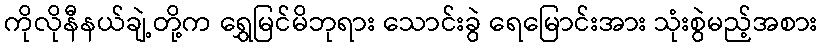
ကိုလိုနီနယ်ချဲ့တို့က ရွှေမြင်မိဘုရား သောင်းခွဲ ရေမြောင်းအား သုံးစွဲမည့်အစား